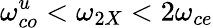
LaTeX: \omega_{co}^{u}<\omega_{2X}<2\omega_{ce}